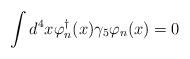
LaTeX: \begin{align*}\int d^{4}x \varphi_{n}^{\dagger}(x)\gamma_{5}\varphi_{n} (x)=0\end{align*}